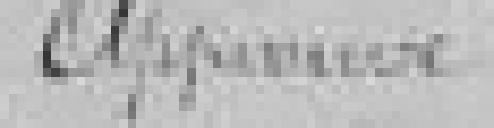
Approuvé